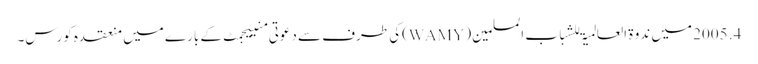
4. 2005 میں ندوۃ العالمیۃ للشباب المسلمین(WAMY)کی طرف سے دعوتی منییجمٹ کے بارے میں منعقدہ کورس۔